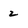
Character: 2